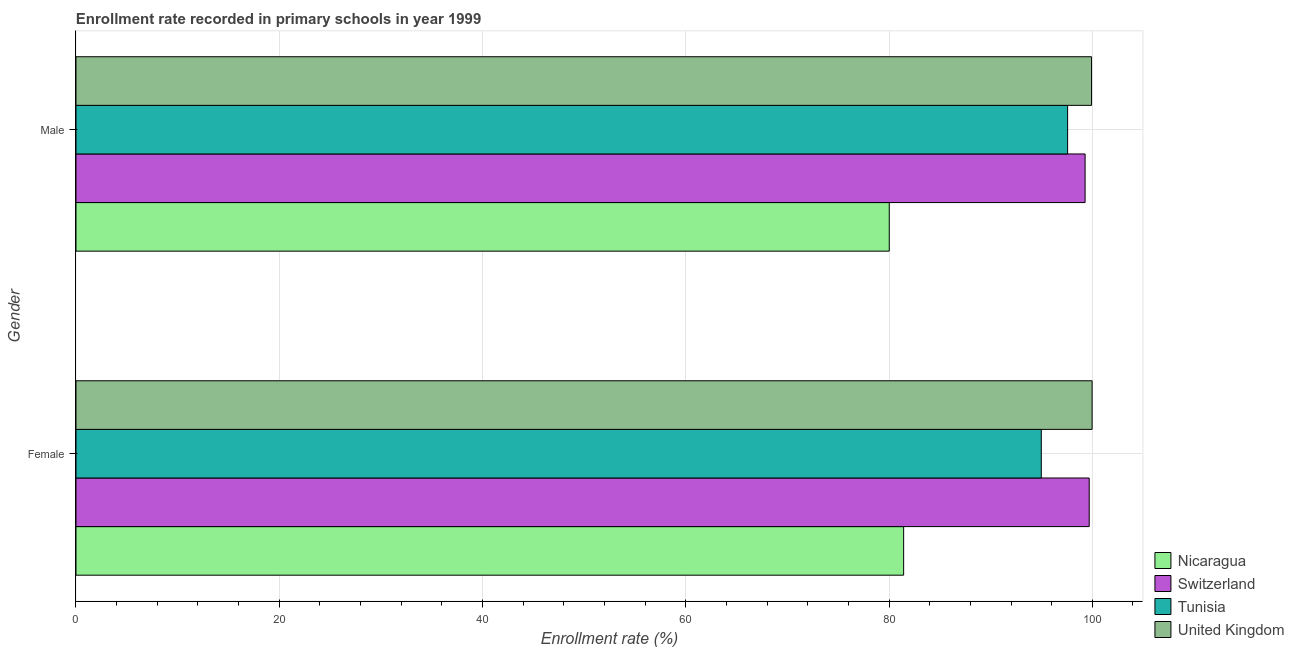
| Gender | Nicaragua | Switzerland | Tunisia | United Kingdom |
 | --- | --- | --- | --- | --- |
 | Female | 81.4 | 99.7 | 95 | 100 |
 | Male | 80 | 99.3 | 97.6 | 99.9 |